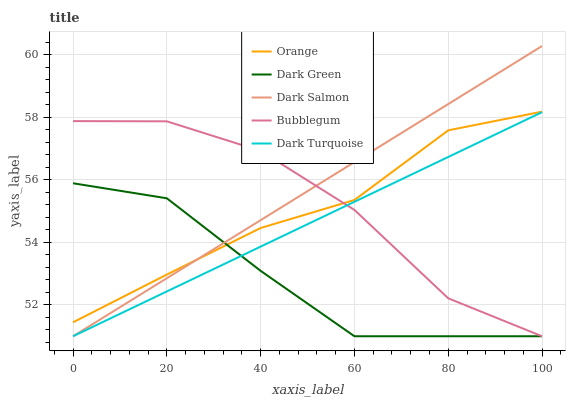
| xaxis_label | Orange | Dark Green | Dark Salmon | Bubblegum | Dark Turquoise |
 | --- | --- | --- | --- | --- | --- |
 | 0 | 51.4 | 55.9 | 51 | 57.9 | 51 |
 | 20 | 53 | 55.4 | 52.9 | 57.9 | 52.4 |
 | 40 | 54.5 | 53.1 | 54.7 | 56.9 | 53.9 |
 | 60 | 55.4 | 51 | 56.6 | 55 | 55.3 |
 | 80 | 57.6 | 51 | 58.4 | 52.2 | 56.7 |
 | 100 | 58.2 | 51 | 60.3 | 51 | 58.2 |